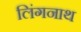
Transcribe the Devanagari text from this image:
लिंगनाथ